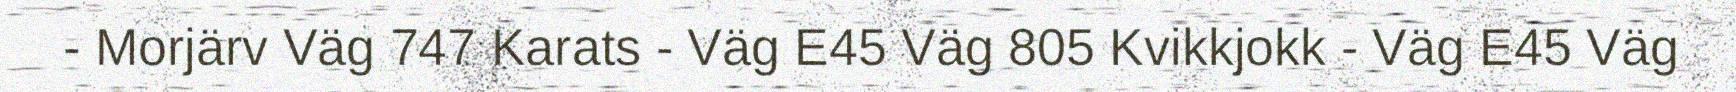
- Morjärv Väg 747 Karats - Väg E45 Väg 805 Kvikkjokk - Väg E45 Väg